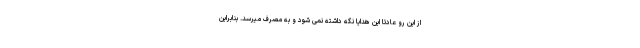
از این رو عادتا این هدایا نگه داشته نمی شود و به مصرف میرسد. بنابراین